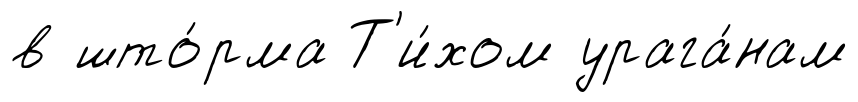
в што́рма Т'и́хом урага́нам